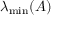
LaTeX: \lambda _ { \mathrm { m i n } } ( A )